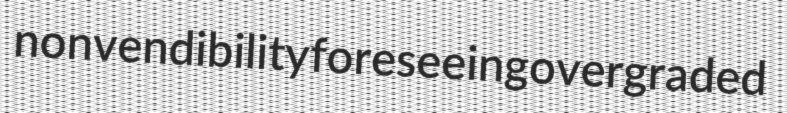
nonvendibility foreseeing overgraded